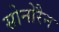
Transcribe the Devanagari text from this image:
सोनोरैन